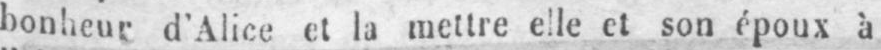
bonheur d’Alice et la mettre elle et son époux à